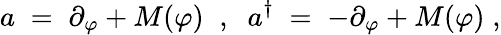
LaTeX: a\; =\; \partial_{\varphi}+M(\varphi)\; \; ,\; \; a^{\dagger}\; =\; -\partial_{\varphi}+M(\varphi)\; ,